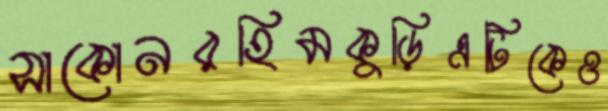
সাকোনরহিমকুড়িএটিকেও